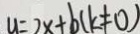
y = 2 x + b ( k \neq 0 )